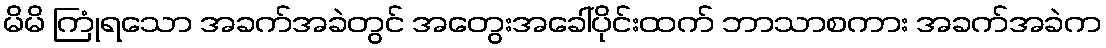
မိမိ ကြုံရသော အခက်အခဲတွင် အတွေးအခေါ်ပိုင်းထက် ဘာသာစကား အခက်အခဲက